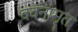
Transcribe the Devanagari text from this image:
ववनामृत